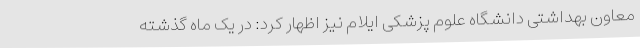
معاون بهداشتی دانشگاه علوم پزشکی ایلام نیز اظهار کرد: در یک ماه گذشته